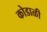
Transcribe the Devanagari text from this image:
कोडाळी